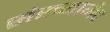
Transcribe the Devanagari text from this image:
संख्याभेद